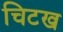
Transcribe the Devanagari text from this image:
चिटख